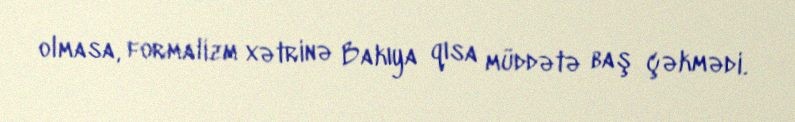
olmasa, formalizm xətrinə Bakıya qısa müddətə baş çəkmədi.